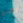
نحن